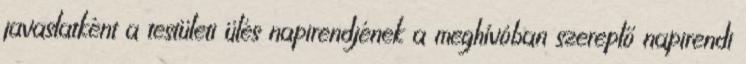
javaslatként a testületi ülés napirendjének a meghívóban szereplő napirendi